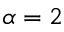
\alpha = 2